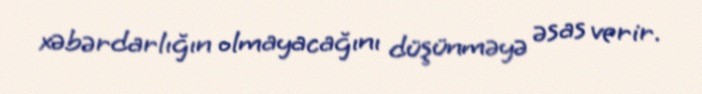
xəbərdarlığın olmayacağını düşünməyə əsas verir.